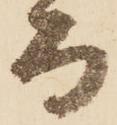
而